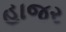
હાજર